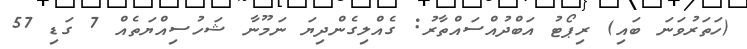
(ހަތަރުވަނަ ބައި) ރިޕޯޓު އަބްދުއްސައްތާރު: ގެއްލިގެންދިޔަ ނަމޫނާ ޝަހުސިއްޔަތެއް 7 ގަޑި 57